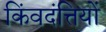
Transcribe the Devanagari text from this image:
किंवदंत्तियों